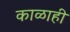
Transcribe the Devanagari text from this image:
काळाही